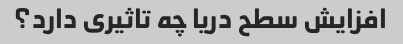
افزایش سطح دریا چه تاثیری دارد؟